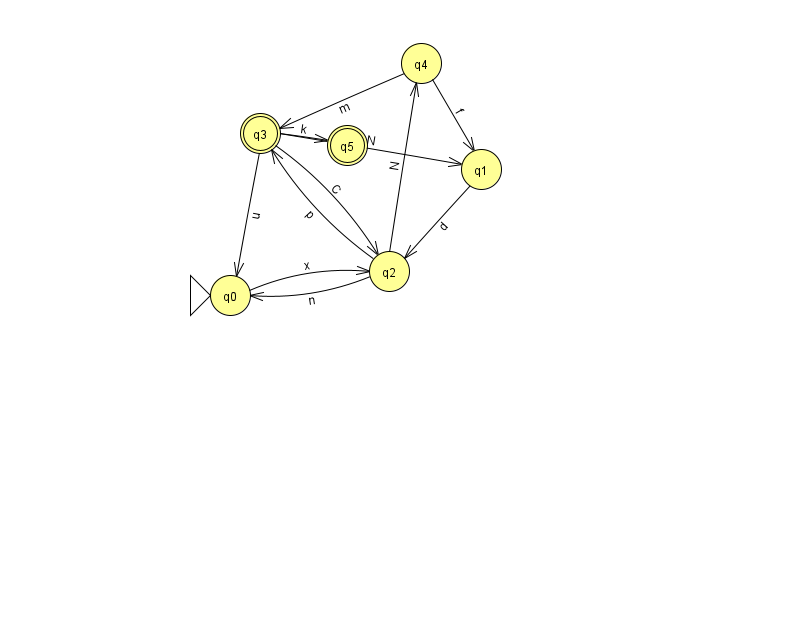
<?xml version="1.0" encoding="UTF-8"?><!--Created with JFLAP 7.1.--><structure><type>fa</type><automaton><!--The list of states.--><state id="0" name="q0"><x>230.0</x><y>282.0</y><initial/></state><state id="1" name="q1"><x>481.0</x><y>156.0</y></state><state id="2" name="q2"><x>389.0</x><y>258.0</y></state><state id="3" name="q3"><x>260.0</x><y>120.0</y><final/></state><state id="4" name="q4"><x>421.0</x><y>50.0</y></state><state id="5" name="q5"><x>347.0</x><y>132.0</y><final/></state><!--The list of transitions.--><transition><from>1</from><to>2</to><read>d</read></transition><transition><from>3</from><to>0</to><read>u</read></transition><transition><from>3</from><to>5</to><read>k</read></transition><transition><from>4</from><to>3</to><read>m</read></transition><transition><from>2</from><to>3</to><read>p</read></transition><transition><from>2</from><to>4</to><read>N</read></transition><transition><from>3</from><to>2</to><read>C</read></transition><transition><from>4</from><to>1</to><read>f</read></transition><transition><from>0</from><to>2</to><read>x</read></transition><transition><from>3</from><to>1</to><read>N</read></transition><transition><from>2</from><to>0</to><read>n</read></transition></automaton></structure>